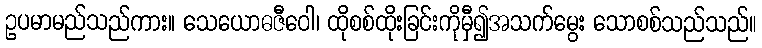
ဥပမာမည်သည်ကား။ သေယောဓဇီဝေါ၊ ထိုစစ်ထိုးခြင်းကိုမှီ၍အသက်မွေး သောစစ်သည်သည်။